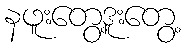
နဖူးတွေ့ဒူးတွေ့